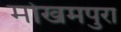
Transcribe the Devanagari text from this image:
मोखमपुरा